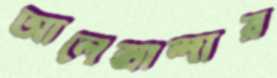
আলেক্সান্দার